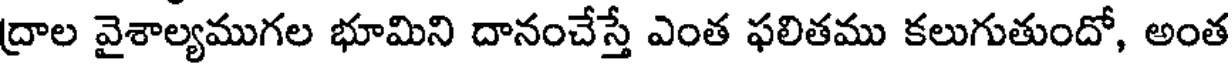
ద్రాల వైశాల్యముగల భూమిని దానంచేస్తే ఎంత ఫలితము కలుగుతుందో, అంత